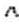
^